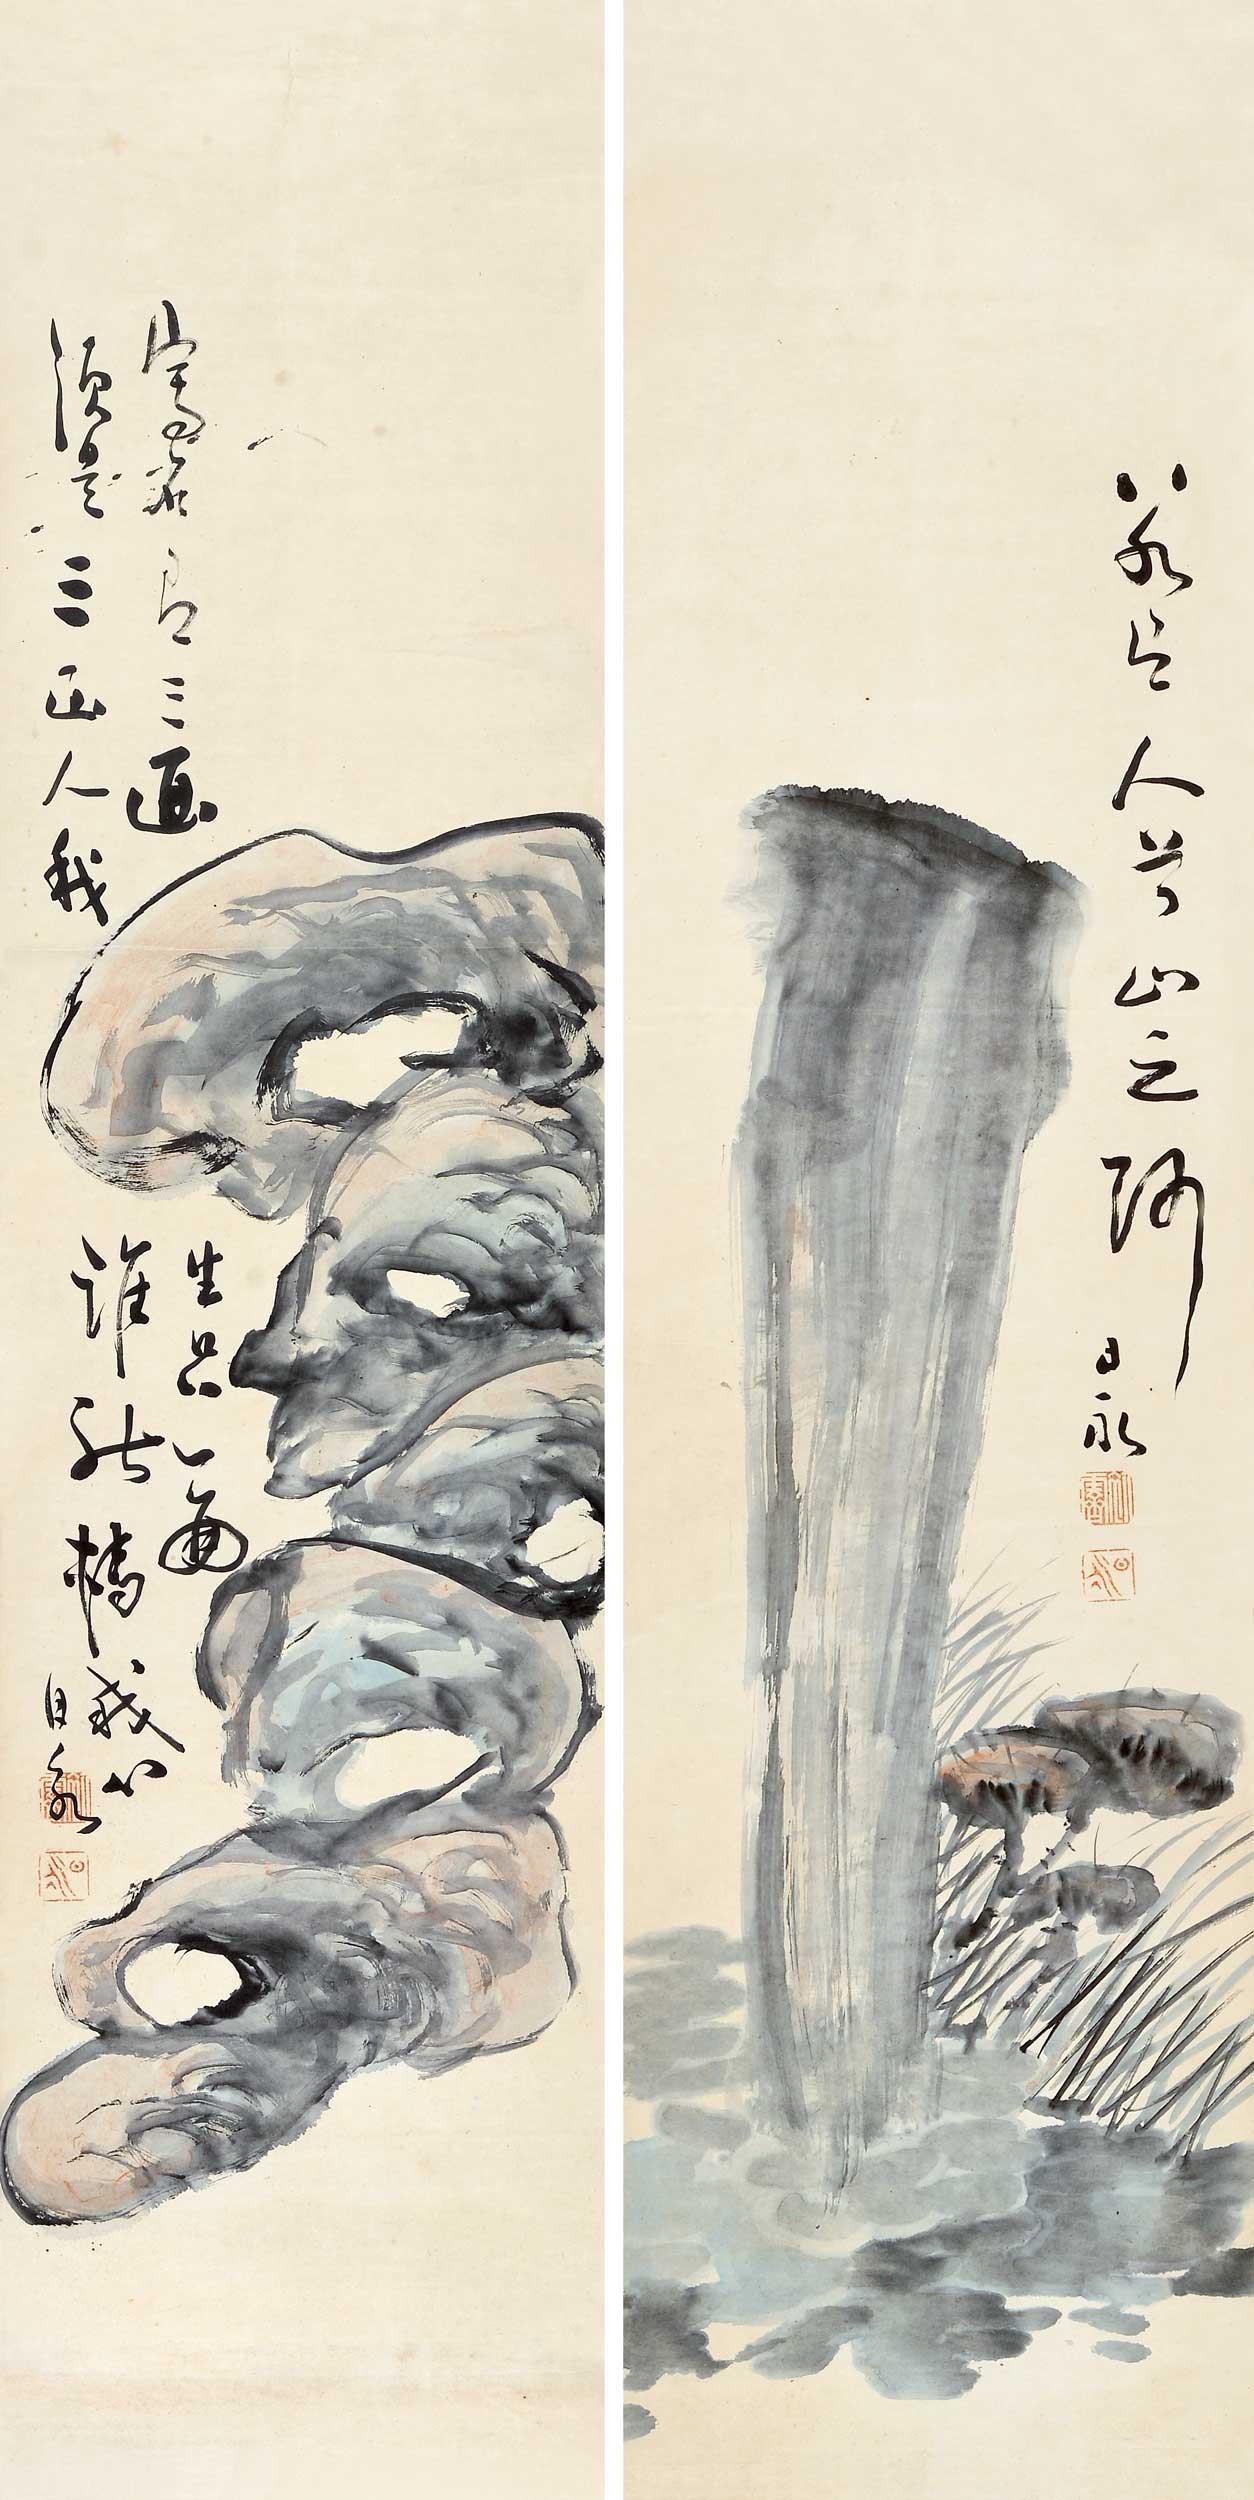
清明天气。永日愁如醉。